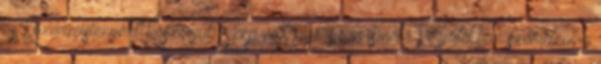
és Kozármislenyért Köszönjük Szép volt-gyönyörű ismét.: Végjátékban szerintem a